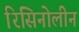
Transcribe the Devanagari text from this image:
रिसिनोलीन